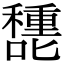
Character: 㘒